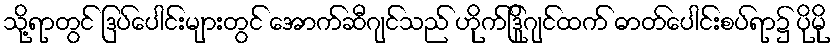
သို့ရာတွင် ဒြပ်ပေါင်းများတွင် အောက်ဆီဂျင်သည် ဟိုက်ဒြိုဂျင်ထက် ဓာတ်ပေါင်းစပ်ရာ၌ ပိုမို